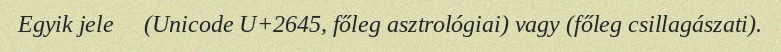
Egyik jele ♅ (Unicode U+2645, főleg asztrológiai) vagy (főleg csillagászati).